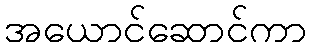
အယောင်ဆောင်ကာ